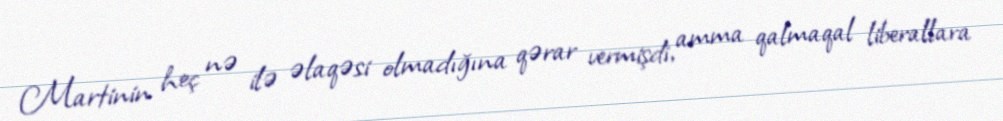
Martinin heç nə ilə əlaqəsi olmadığına qərar vermişdi, amma qalmaqal liberallara